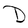
Character: D